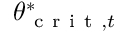
\theta _ { \mathrm { ~ c ~ r ~ i ~ t ~ } , t } ^ { * }